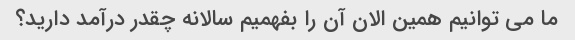
ما می توانیم همین الان آن را بفهمیم سالانه چقدر درآمد دارید؟